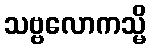
သဗ္ဗလောကသ္မိ